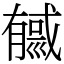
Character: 㦽